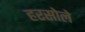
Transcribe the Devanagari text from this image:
हरसोले